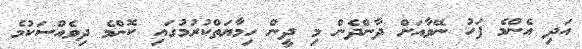
އަދި އެންމެ ފަހު ނޭވާއަށް ދާންދެން މި ދީން ހިމާޔަތްކުރުމުގައި ކޮންމެ ދިވެއްސަކުމެ